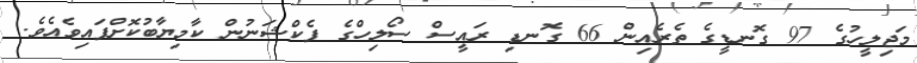
މަޖިލީހުގެ 97 ގޮނޑީގެ ތެރެއިން 66 ގޮނޑި ރައީސް ސޯލިހްގެ ފެކްޝަނުން ކާމިޔާބުކޮށްފައިވެއެވެ.